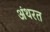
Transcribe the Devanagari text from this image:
अंथरत